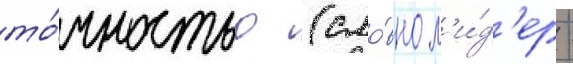
то́чностью (сло́вно л'и́д'ер -